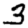
Digit: 3